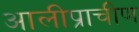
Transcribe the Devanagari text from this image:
आलीप्राचीण